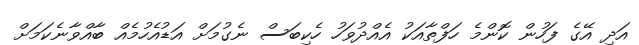
އަދި އޭގެ ފަހުން ކޮންމެ ހަފްތާއަކު އެއްދުވަހު ހެކިބަސް ނެގުމަށް އަޑުއެހުމެއް ބާއްވާނެކަމަށް